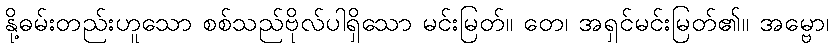
နို့ဓမ်းတည်းဟူသော စစ်သည်ဗိုလ်ပါရှိသော မင်းမြတ်။ တေ၊ အရှင်မင်းမြတ်၏။ အမ္ဗော၊